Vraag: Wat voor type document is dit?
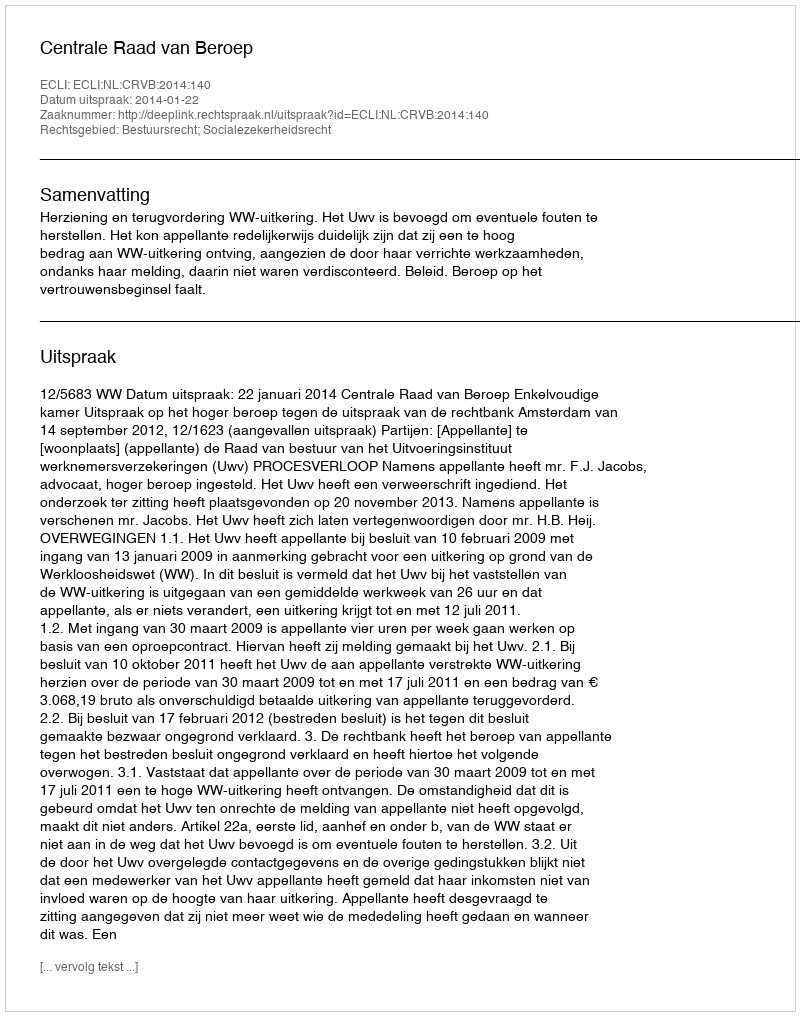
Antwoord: Uitspraak